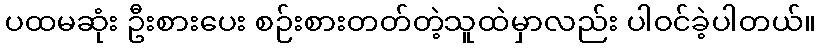
ပထမဆုံး ဦးစားပေး စဉ်းစားတတ်တဲ့သူထဲမှာလည်း ပါဝင်ခဲ့ပါတယ်။